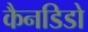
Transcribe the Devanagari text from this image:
कैनडिडो